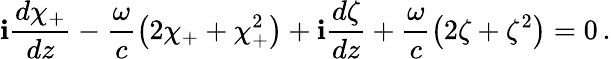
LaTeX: \mathbf{i}\frac{{d\chi_{+}}}{{dz}}-\frac{{\omega}}{{c}}\left(2\chi_{+}+\chi_{+}^{2}\right)+\mathbf{i}\frac{{d\zeta}}{{dz}}+\frac{{\omega}}{{c}}\left(2\zeta+\zeta^{2}\right)=0\, .